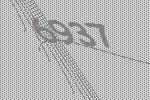
6937